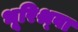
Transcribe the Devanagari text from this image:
भूरिश्र्वा